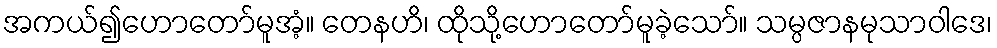
အကယ်၍ဟောတော်မူအံ့။ တေနဟိ၊ ထိုသို့ဟောတော်မူခဲ့သော်။ သမ္ပဇာနမုသာဝါဒေ၊